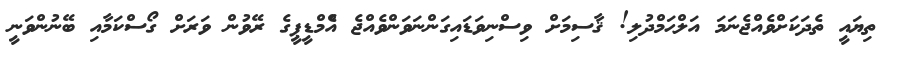
ތިޔައީ ތެދަކަށްވެއްޖެނަމަ އަލްޙަމްދުލި! ޤާސިމަށް ވިސްނިވަޑައިގަންނަވަންވެއްޖެ އެްމްޑީޕީގެ ރޭވުން ވަރަށް ގޯސްކަމާއި ބޭނުންވަނީ